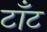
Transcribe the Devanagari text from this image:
टाँट